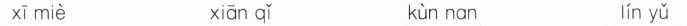
xī miè xiān q ǐ kùn nan lín yǔ